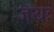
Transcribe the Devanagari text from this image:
जयः